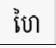
ហៃ